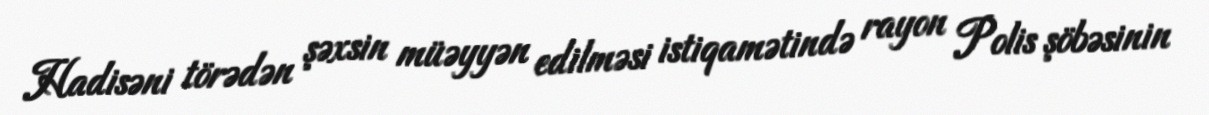
Hadisəni törədən şəxsin müəyyən edilməsi istiqamətində rayon Polis şöbəsinin